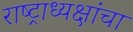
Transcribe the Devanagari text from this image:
राष्ट्राध्यक्षांचा